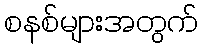
စနစ်များအတွက်